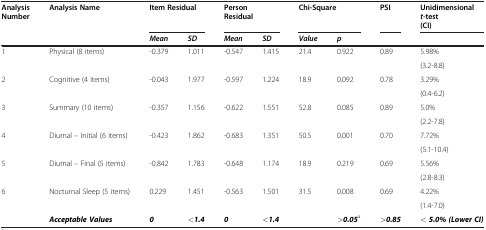
<table><thead><tr><td rowspan="3"><b>Analysis Number</b></td><td rowspan="3"><b>Analysis Name</b></td><td rowspan="3" colspan="2"><b>Item Residual</b></td><td rowspan="3" colspan="2"><b>Person Residual</b></td><td rowspan="3" colspan="2"><b>Chi-Square</b></td><td rowspan="3"><b>PSI</b></td><td><b>Unidimensional</b></td></tr><tr><td><b><i>t</i>-test</b></td></tr><tr><td><b>(CI)</b></td></tr><tr><td><b> </b></td><td><b> </b></td><td><b><i>Mean</i></b></td><td><b><i>SD</i></b></td><td><b><i>Mean</i></b></td><td><b><i>SD</i></b></td><td><b><i>Value</i></b></td><td><b><i>p</i></b></td><td><b> </b></td><td><b> </b></td></tr></thead><tbody><tr><td rowspan="2">1</td><td rowspan="2">Physical (8 items)</td><td rowspan="2">-0.379</td><td rowspan="2">1.011</td><td rowspan="2">-0.547</td><td rowspan="2">1.415</td><td rowspan="2">21.4</td><td rowspan="2">0.922</td><td rowspan="2">0.89</td><td>5.98%</td></tr><tr><td>(3.2-8.8)</td></tr><tr><td rowspan="2">2</td><td rowspan="2">Cognitive (4 items)</td><td rowspan="2">-0.043</td><td rowspan="2">1.977</td><td rowspan="2">-0.597</td><td rowspan="2">1.224</td><td rowspan="2">18.9</td><td rowspan="2">0.092</td><td rowspan="2">0.78</td><td>3.29%</td></tr><tr><td>(0.4-6.2)</td></tr><tr><td rowspan="2">3</td><td rowspan="2">Summary (10 items)</td><td rowspan="2">-0.357</td><td rowspan="2">1.156</td><td rowspan="2">-0.622</td><td rowspan="2">1.551</td><td rowspan="2">52.8</td><td rowspan="2">0.085</td><td rowspan="2">0.89</td><td>5.0%</td></tr><tr><td>(2.2-7.8)</td></tr><tr><td rowspan="2">4</td><td rowspan="2">Diurnal – Initial (6 items)</td><td rowspan="2">-0.423</td><td rowspan="2">1.862</td><td rowspan="2">-0.683</td><td rowspan="2">1.351</td><td rowspan="2">50.5</td><td rowspan="2">0.001</td><td rowspan="2">0.70</td><td>7.72%</td></tr><tr><td>(5.1-10.4)</td></tr><tr><td rowspan="2">5</td><td rowspan="2">Diurnal – Final (5 items)</td><td rowspan="2">-0.842</td><td rowspan="2">1.783</td><td rowspan="2">-0.648</td><td rowspan="2">1.174</td><td rowspan="2">18.9</td><td rowspan="2">0.219</td><td rowspan="2">0.69</td><td>5.56%</td></tr><tr><td>(2.8-8.3)</td></tr><tr><td rowspan="2">6</td><td rowspan="2">Nocturnal Sleep (5 items)</td><td rowspan="2">0.229</td><td rowspan="2">1.451</td><td rowspan="2">-0.563</td><td rowspan="2">1.501</td><td rowspan="2">31.5</td><td rowspan="2">0.008</td><td rowspan="2">0.69</td><td>4.22%</td></tr><tr><td>(1.4-7.0)</td></tr><tr><td> </td><td><b><i>Acceptable Values</i></b></td><td><b><i>0</i></b></td><td><b><i>&lt;1.4</i></b></td><td><b><i>0</i></b></td><td><b><i>&lt;1.4</i></b></td><td> </td><td><b><i>&gt;0.05</i></b><sup>a</sup></td><td><b><i>&gt;0.85</i></b></td><td><b><i>&lt; 5.0% (Lower CI)</i></b></td></tr></tbody></table>